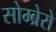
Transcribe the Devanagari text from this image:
सोम्ब्रेरो